Subject: physics
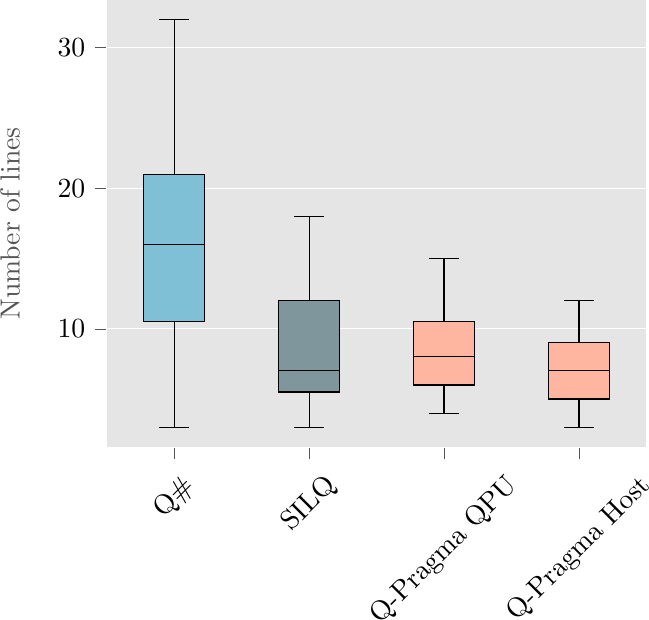
LaTeX code:
\begin{tikzpicture}

\definecolor{dimgray85}{RGB}{85,85,85}
\definecolor{gainsboro229}{RGB}{229,229,229}
\definecolor{lightpink255182161}{RGB}{255,182,161}
\definecolor{lightslategray127150157}{RGB}{127,150,157}
\definecolor{skyblue127192214}{RGB}{127,192,214}

\begin{axis}[
axis background/.style={fill=gainsboro229},
axis line style={white},
tick align=outside,
tick pos=left,
x grid style={white},
xmin=0.5, xmax=4.5,
xtick style={color=dimgray85},
xtick={1,2,3,4},
xticklabel style={rotate=45.0},
xticklabels={Q\#,SILQ,Q-Pragma QPU,Q-Pragma Host},
y grid style={white},
ylabel=\textcolor{dimgray85}{Number of lines},
ymajorgrids,
ymin=1.55, ymax=33.45,
ytick style={color=dimgray85}
]
\path [draw=black, fill=skyblue127192214]
(axis cs:0.775,10.5)
--(axis cs:1.225,10.5)
--(axis cs:1.225,21)
--(axis cs:0.775,21)
--(axis cs:0.775,10.5)
--cycle;
\addplot [black]
table {%
1 10.5
1 3
};
\addplot [black]
table {%
1 21
1 32
};
\addplot [black]
table {%
0.8875 3
1.1125 3
};
\addplot [black]
table {%
0.8875 32
1.1125 32
};
\path [draw=black, fill=lightslategray127150157]
(axis cs:1.775,5.5)
--(axis cs:2.225,5.5)
--(axis cs:2.225,12)
--(axis cs:1.775,12)
--(axis cs:1.775,5.5)
--cycle;
\addplot [black]
table {%
2 5.5
2 3
};
\addplot [black]
table {%
2 12
2 18
};
\addplot [black]
table {%
1.8875 3
2.1125 3
};
\addplot [black]
table {%
1.8875 18
2.1125 18
};
\path [draw=black, fill=lightpink255182161]
(axis cs:2.775,6)
--(axis cs:3.225,6)
--(axis cs:3.225,10.5)
--(axis cs:2.775,10.5)
--(axis cs:2.775,6)
--cycle;
\addplot [black]
table {%
3 6
3 4
};
\addplot [black]
table {%
3 10.5
3 15
};
\addplot [black]
table {%
2.8875 4
3.1125 4
};
\addplot [black]
table {%
2.8875 15
3.1125 15
};
\path [draw=black, fill=lightpink255182161]
(axis cs:3.775,5)
--(axis cs:4.225,5)
--(axis cs:4.225,9)
--(axis cs:3.775,9)
--(axis cs:3.775,5)
--cycle;
\addplot [black]
table {%
4 5
4 3
};
\addplot [black]
table {%
4 9
4 12
};
\addplot [black]
table {%
3.8875 3
4.1125 3
};
\addplot [black]
table {%
3.8875 12
4.1125 12
};
\addplot [black]
table {%
0.775 16
1.225 16
};
\addplot [black]
table {%
1.775 7
2.225 7
};
\addplot [black]
table {%
2.775 8
3.225 8
};
\addplot [black]
table {%
3.775 7
4.225 7
};
\end{axis}

\end{tikzpicture}